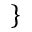
\}